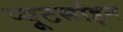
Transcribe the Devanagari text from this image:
प्यूटर्साइन